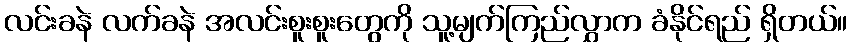
လင်းခနဲ လက်ခနဲ အလင်းစူးစူးတွေကို သူ့မျက်ကြည်လွှာက ခံနိုင်ရည် ရှိတယ်။